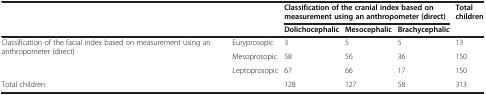
<table><thead><tr><td rowspan="2" colspan="2"><b> </b></td><td colspan="3"><b>Classification of the cranial index based on measurement using an anthropometer (direct)</b></td><td><b>Total children</b></td></tr><tr><td><b>Dolichocephalic</b></td><td><b>Mesocephalic</b></td><td><b>Brachycephalic</b></td><td><b> </b></td></tr></thead><tbody><tr><td rowspan="3">Classification of the facial index based on measurement using an anthropometer (direct)</td><td>Euryprosopic</td><td>3</td><td>5</td><td>5</td><td>13</td></tr><tr><td>Mesoprosopic</td><td>58</td><td>56</td><td>36</td><td>150</td></tr><tr><td>Leptoprosopic</td><td>67</td><td>66</td><td>17</td><td>150</td></tr><tr><td colspan="2">Total children</td><td>128</td><td>127</td><td>58</td><td>313</td></tr></tbody></table>